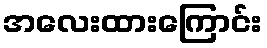
အလေးထားကြောင်း